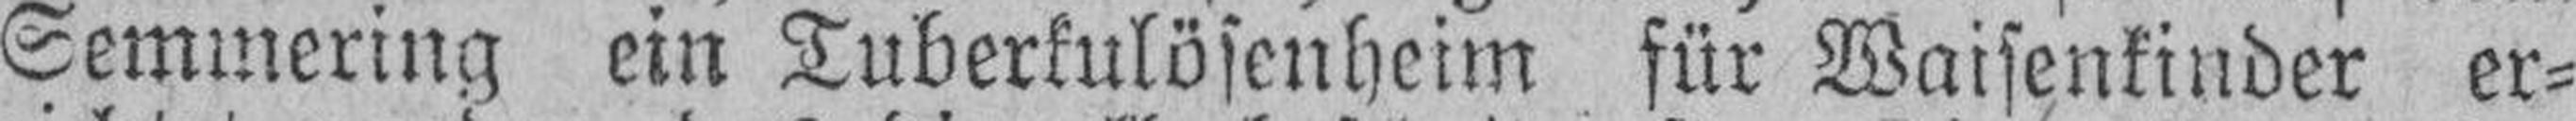
Semmering ein Tuberkulösenheim für Waisenkinder er¬